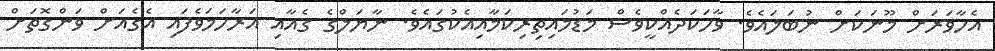
އެހާވަރަށް މޫނަކަށް ނުބަލައެވެ. ވާހަކަދެއްކީވެސް މަޑުމައިތިރިކަމާއިއެކުގައެވެ. ނާޔަލްގެ ގެއާއި އަރާހަމަވެފައި އެގެއަށް ވަންގޮތަށް